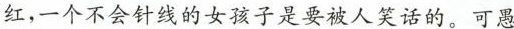
红，一个不会针线的女孩子是要被人笑话的。可愚